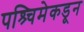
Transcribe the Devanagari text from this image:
पश्र्चिमेकडून